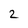
Character: 2